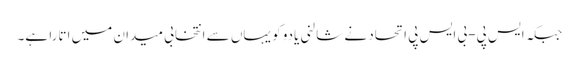
جبکہ ایس پی-بی ایس پی اتحاد نے شالنی یادو کو یہاں سے انتخابی میدان میں اتارا ہے۔